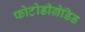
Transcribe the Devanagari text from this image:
फोटोडीग्रेडिड